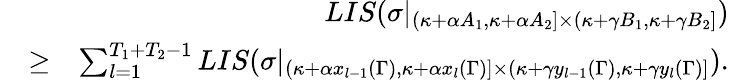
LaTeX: \begin{array}{rlr}&{}&{LIS(\sigma|_{(\kappa+\alpha A_{1},\kappa+\alpha A_{2}]\times(\kappa+\gamma B_{1},\kappa+\gamma B_{2}]})}\\ &{\geq}&{\sum_{l=1}^{T_{1}+T_{2}-1}LIS(\sigma|_{(\kappa+\alpha x_{l-1}(\Gamma),\kappa+\alpha x_{l}(\Gamma)]\times(\kappa+\gamma y_{l-1}(\Gamma),\kappa+\gamma y_{l}(\Gamma)]}).}\end{array}